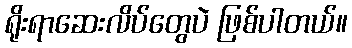
ရိုးရာဆေးလိပ်တွေပဲ ဖြစ်ပါတယ်။